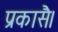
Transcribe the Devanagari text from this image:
प्रकासै।